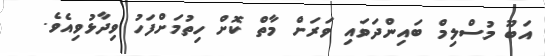
އަބޫ މުސްލިމް ބައިންދަވައި ވަރަށް މާތް ކޮށް ހިތުމަށްފަހު ވިދާޅުވިއެވެ.